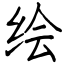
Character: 绘